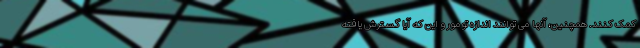
کمک کنند. همچنین، آنها می توانند اندازه تومور و این که آیا گسترش یافته